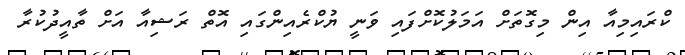
ކްރައިމިއާ އިން މިގޮތަށް އަމަލުކޮށްފައި ވަނީ ޔުކްރެއިންގައި އޮތް ރަޝިއާ އަށް ތާއީދުކުރާ